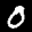
Label: 0